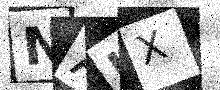
Text: NAUX